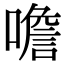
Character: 噡